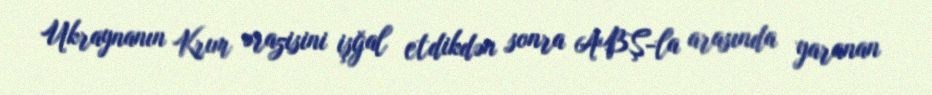
Ukraynanın Krım ərazisini işğal etdikdən sonra ABŞ-la arasında yaranan